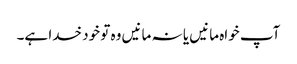
آپ خواہ مانیں یا نہ مانیں وہ تو خود خدا ہے۔